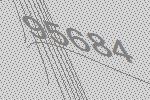
95684